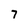
Character: 7